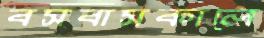
বসবাসকালে